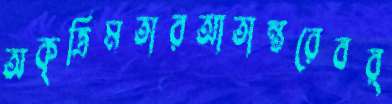
অকৃত্রিমতারআতান্তরেবর্